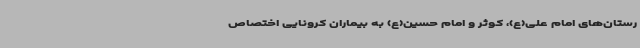
رستان‌های امام علی(ع)، کوثر و امام حسین(ع) به بیماران کرونایی اختصاص